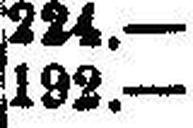
192.—